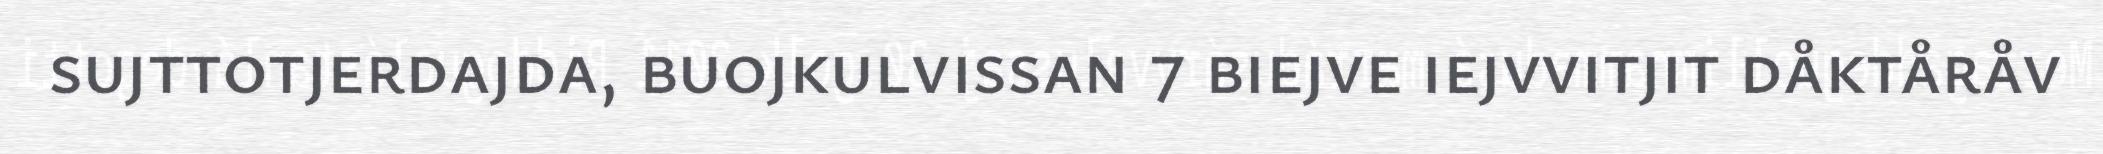
sujttotjerdajda, buojkulvissan 7 biejve iejvvitjit dåktåråv